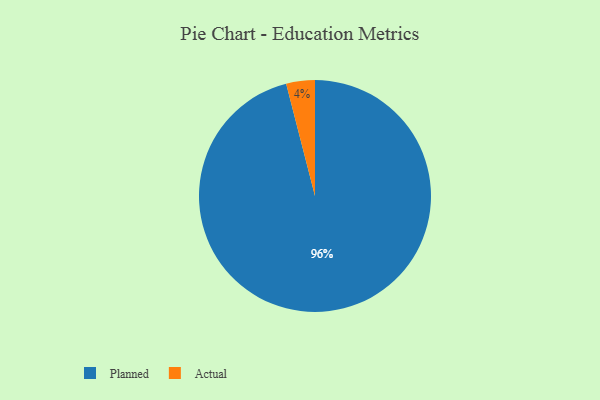
{"axis": {"x": "Category", "y": "Percentage"}, "legend": ["Actual", "Planned"], "data": [{"x": "Planned", "y": 96, "type": "Planned"}, {"x": "Actual", "y": 4, "type": "Actual"}]}